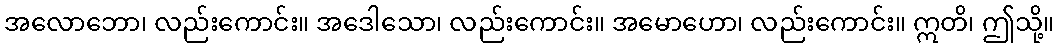
အလောဘော၊ လည်းကောင်း။ အဒေါသော၊ လည်းကောင်း။ အမောဟော၊ လည်းကောင်း။ ဣတိ၊ ဤသို့။